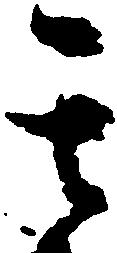
玄